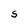
Character: S